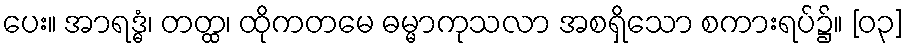
ပေး။ အာရဒ္ဓံ၊ တတ္ထ၊ ထိုကတမေ ဓမ္မာကုသလာ အစရှိသော စကားရပ်၌။ [၀၃]